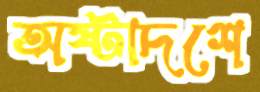
অষ্টাদশে